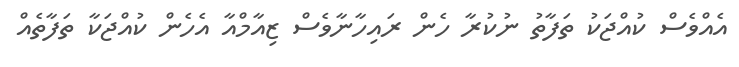
އެއްވެސް ކުއްޖަކު ތަފާތު ނުކުރާ ހެން ރައިހާނާވެސް ޒިއާމްއާ އެހެން ކުއްޖަކާ ތަފާތެއް